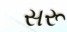
સરૂ